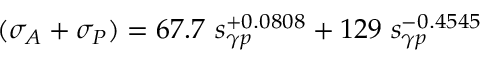
( \sigma _ { A } + \sigma _ { P } ) = 6 7 . 7 \ s _ { \gamma p } ^ { + 0 . 0 8 0 8 } + 1 2 9 \ s _ { \gamma p } ^ { - 0 . 4 5 4 5 }